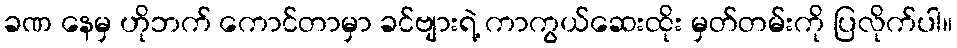
ခဏ နေမှ ဟိုဘက် ကောင်တာမှာ ခင်ဗျားရဲ့ ကာကွယ်ဆေးထိုး မှတ်တမ်းကို ပြလိုက်ပါ။